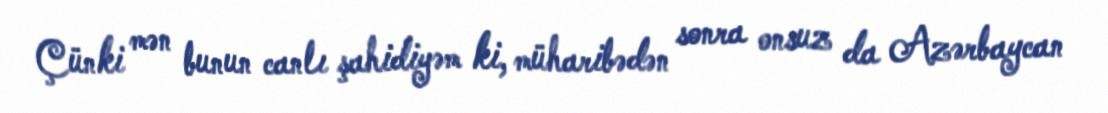
Çünki mən bunun canlı şahidiyəm ki, müharibədən sonra onsuz da Azərbaycan